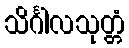
သိင်္ဂါလသုတ္တံ